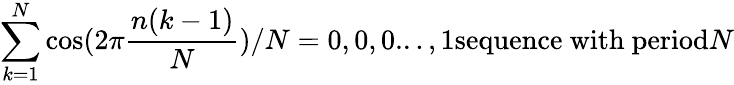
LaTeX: \sum_{k=1}^{N}\cos(2\pi{\frac{n(k-1)}{N}})/N=0,0,0...,1{\mathrm{sequence~with~period}}N